Lunatic asylums Punjab 1911-1921 - 1911-1921
Year: 1911
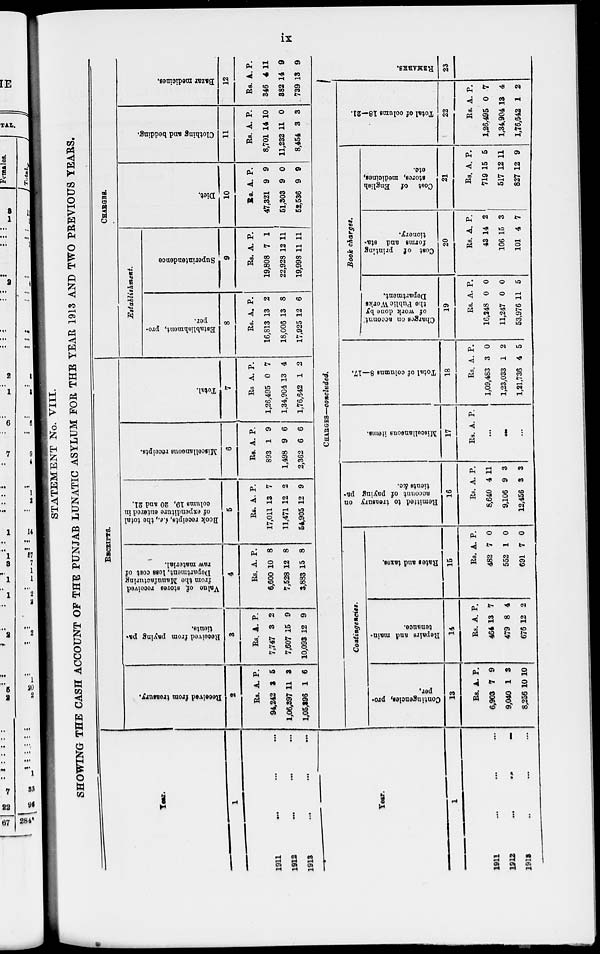
ix
STATEMENT No. VIII.
SHOWING THE CASH ACCOUNT OF THE PUNJAB LUNATIC ASYLUM FOR THE YEAR 1913 AND TWO PREVIOUS YEARS.
Year.
1
1911 ... ... ..
1912 ... ... ..
1913 ... ... ..
RECEIPTS.
Received
from treasury.
2
Rs.
94,242
1,06,397
1,05,396
A.
3
11
1
P.
5
3
6
Received from paying pa-
tients.
3
Rs.
7,747
7,607
10,093
A.
3
15
12
P.
2
9
9
Value
of stores received
from the Manufacturing
Department, loss cost of
raw material.
4
Rs.
6,600
7,528
3,833
A.
10
12
15
P.
8
8
8
Book roceipts, i.e., the total
of expenditure entered in
colums
19, 20 and 21,
5
Rs.
17,011
11,471
54,905
A.
13
12
12
P.
7
2
9
Miscellaneous receipts.
6
Rs.
893
1,498
2,362
A.
1
9
6
P.
9
6
6
Total.
7
Rs
1,26,495
1,34,904
1,76,642
A.
0
13
1
P.
7
4
2
CHARGES.
Establishment.
Establishment, pro-
per.
8
Rs.
16,813
18,006
17,925
A.
13
13
12
P.
2
8
6
Superintendence
9
Rs.
19,808
22,928
19,998
A.
7
12
11
P.
1
11
11
Diet.
10
Rs.
47,321
51,303
52,536
A.
9
9
9
P.
9
0
9
Clothing and bedding.
11
Rs.
8,701
11,232
8,454
A.
14
11
3
P.
10
0
3
Bazar medicines.
12
Rs.
346
382
739
A.
4
14
13
P.
11
9
9
Year.
1
1911 ... ... ...
1912
...
...
...
1913 ... ... ...
CHARGES—concluded.
Contingencies.
Contingencies, pro-
per.
13
Rs.
6,903
9,040
8,256
A.
7
1
10
P.
9
3
10
Repairs
and main-
tenance.
14
Rs.
464
479
676
A.
13
8
12
P.
7
4
2
Rates and taxes.
15
Rs.
482
552
691
A.
7
1
7
P.
0
0
0
Remitted
to treasury on
account
of paying pa-
tients &c.
16
Rs.
8,640
9,106
12,456
A.
4
9
3
P.
11
3
3
Miscellaneous items.
17
Rs. A. P.
...
...
...
Total of columns 8—17.
18
Rs.
1,09,483
1,23,033
1,21,736
A.
3
1
4
P.
0
2
5
Book Charges.
Charges
on account
of work done by
the Public Works
Department.
19
Rs.
16,248
11,247
53,976
A.
0
0
11
P.
0
0
5
Cost of printing
forms and Sta-
tionery.
20
Rs.
43
106
101
A.
14
15
4
P.
2
3
7
Cost of English
stores, medicines,
etc.
21
Rs.
719
517
827
A.
15
12
12
P.
5
11
9
Total of colums 18—21.
22
Rs.
1,26.495
1,34,904
1,76,642
A.
0
13
1
P.
7
4
2
REMARKS.
23